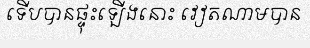
ទើបបានផ្ទុះឡើងនោះ វៀតណាមបាន